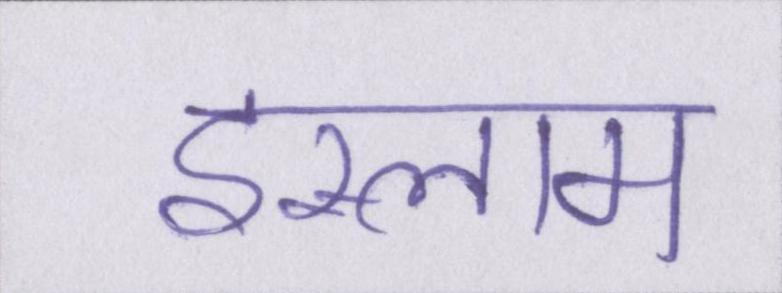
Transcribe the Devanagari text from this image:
इस्लाम